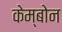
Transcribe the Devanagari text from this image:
केम्बोन